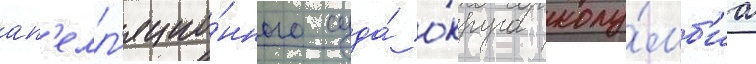
ап'елл'яцио́нного суда́ о́круга колу́мб'иа